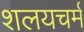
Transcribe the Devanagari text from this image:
शलयचर्म